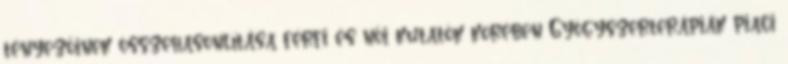
tényezőinek összehasonlítása férfi és női kutatók körében Gyógyszerterápiák piaci